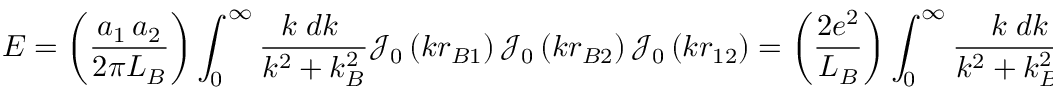
E = \left( { \frac { a _ { 1 } \, a _ { 2 } } { 2 \pi L _ { B } } } \right) \int _ { 0 } ^ { \infty } { \frac { k \; d k \; } { k ^ { 2 } + k _ { B } ^ { 2 } } } { \mathcal { J } } _ { 0 } \left( k r _ { B 1 } \right) { \mathcal { J } } _ { 0 } \left( k r _ { B 2 } \right) { \mathcal { J } } _ { 0 } \left( k r _ { 1 2 } \right) = \left( { \frac { 2 e ^ { 2 } } { L _ { B } } } \right) \int _ { 0 } ^ { \infty } { \frac { k \; d k \; } { k ^ { 2 } + k _ { B } ^ { 2 } r _ { B } ^ { 2 } } } { \mathcal { J } } _ { 0 } ^ { 2 } \left( k \right) { \mathcal { J } } _ { 0 } \left( k { \frac { r _ { 1 2 } } { r _ { B } } } \right)